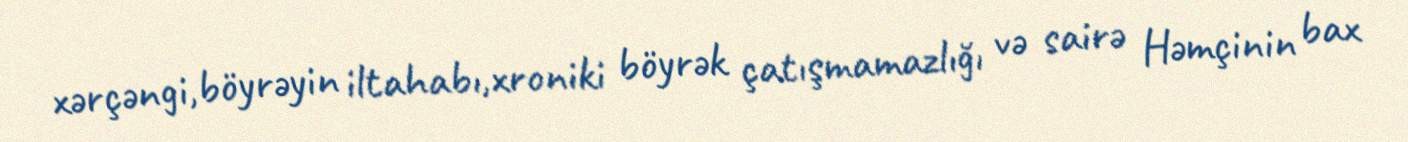
xərçəngi,böyrəyin iltahabı,xroniki böyrək çatışmamazlığı və sairə Həmçinin bax